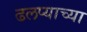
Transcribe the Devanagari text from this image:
ढलप्याच्या